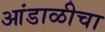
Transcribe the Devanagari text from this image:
आंडाळीचा